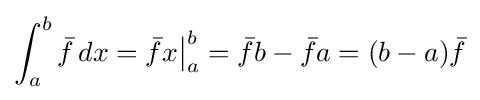
\int _{a}^{b}{\bar {f}}\,dx={\bar {f}}x{\bigr |}_{a}^{b}={\bar {f}}b-{\bar {f}}a=(b-a){\bar {f}}